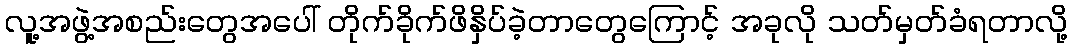
လူ့အဖွဲ့အစည်းတွေအပေါ် တိုက်ခိုက်ဖိနှိပ်ခဲ့တာတွေကြောင့် အခုလို သတ်မှတ်ခံရတာလို့